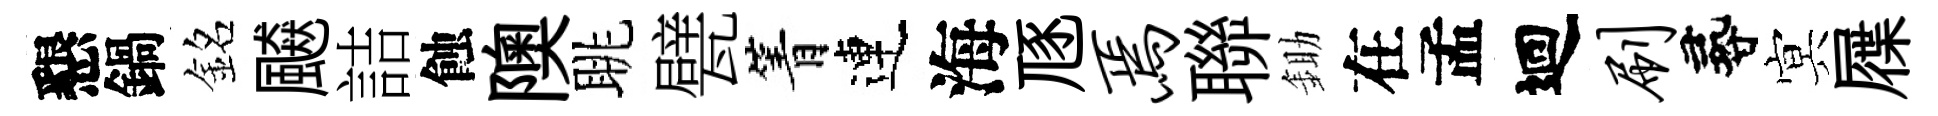
懇鍋銘飇詰蝕隩眺甓箐連海豗焉聯鋤在孟迴刷尋㝠屧